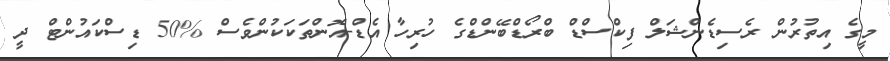
މީގެ އިތުރުން ރެސިޑެންޝަލް ފިކްސްޑް ބްރޯޑްބޭންޑްގެ ހުރިހާ އެޑް-އޮންތަކަކުންވެސް %50 ޑިސްކައުންޓް ދީ